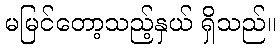
မမြင်တော့သည့်နှယ် ရှိသည်။